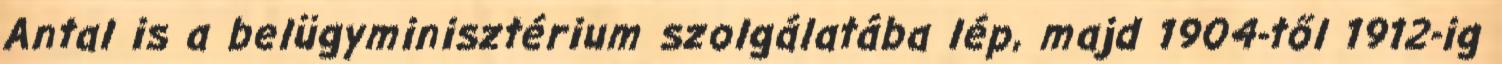
Antal is a belügyminisztérium szolgálatába lép, majd 1904-től 1912-ig